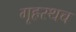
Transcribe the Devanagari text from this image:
गृहस्थच